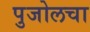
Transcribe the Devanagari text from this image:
पुजोलचा